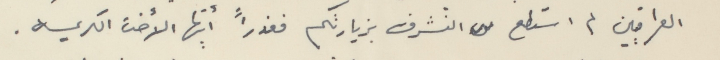
العراقيين لم استطع التشرف بزيارتكم فعذراً أيتها الأخت الكريمه.